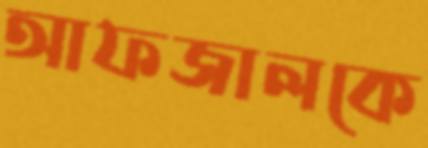
আফজালকে